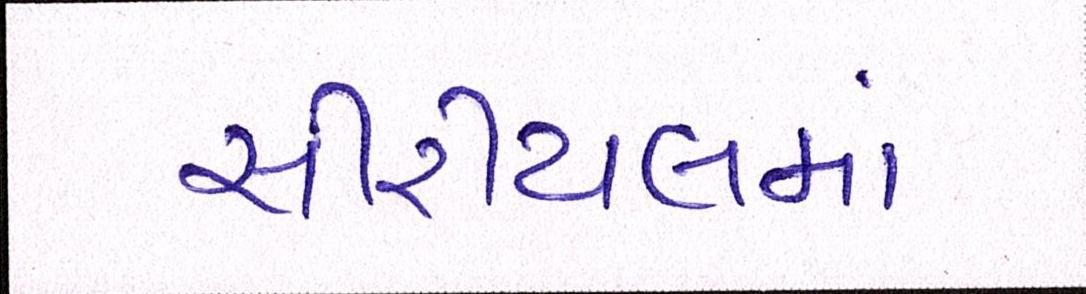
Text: સીરીયલમાં